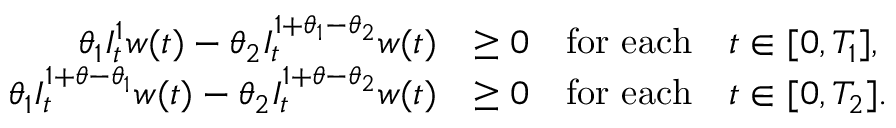
\begin{array} { r l } { \theta _ { 1 } I _ { t } ^ { 1 } w ( t ) - \theta _ { 2 } I _ { t } ^ { 1 + \theta _ { 1 } - \theta _ { 2 } } w ( t ) } & { \geq 0 \quad \mathrm { f o r ~ e a c h } \quad t \in [ 0 , T _ { 1 } ] , } \\ { \theta _ { 1 } I _ { t } ^ { 1 + \theta - \theta _ { 1 } } w ( t ) - \theta _ { 2 } I _ { t } ^ { 1 + \theta - \theta _ { 2 } } w ( t ) } & { \geq 0 \quad \mathrm { f o r ~ e a c h } \quad t \in [ 0 , T _ { 2 } ] . } \end{array}